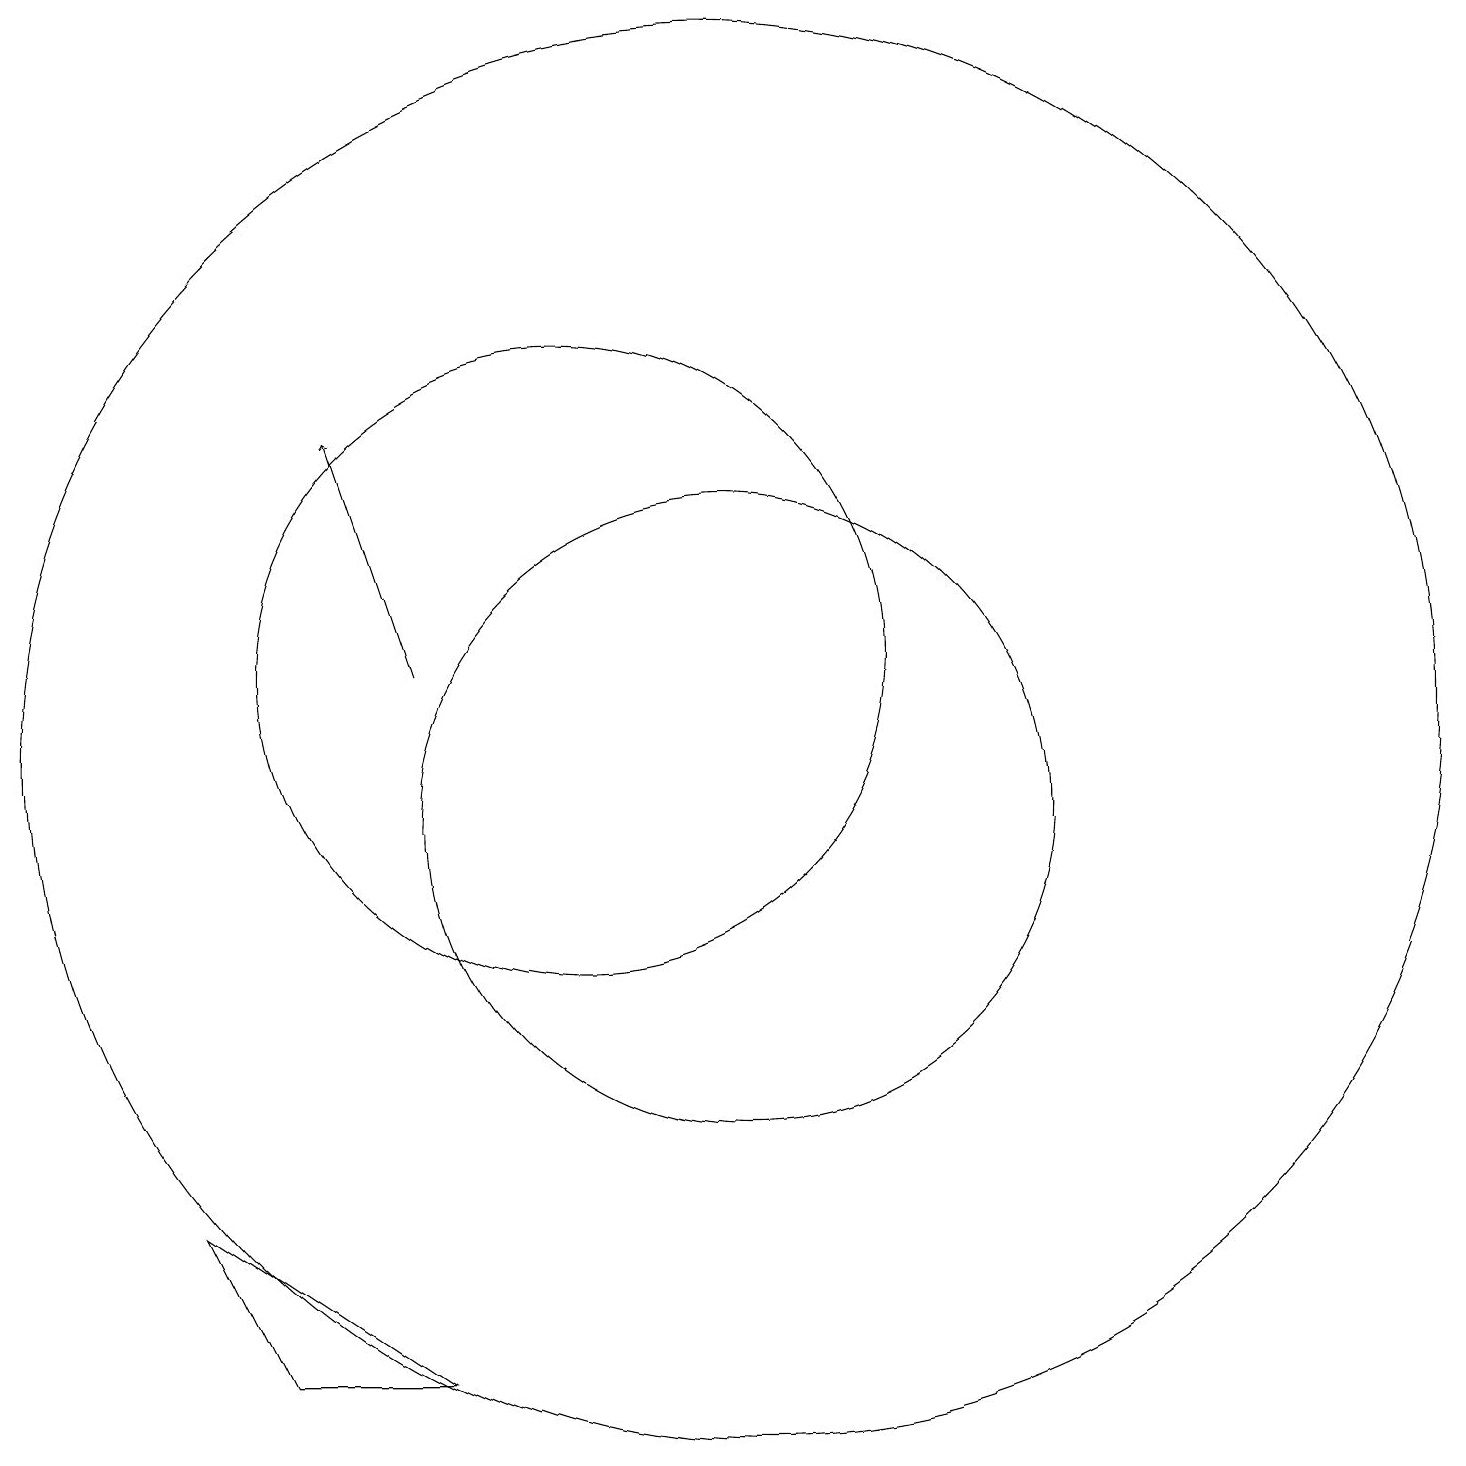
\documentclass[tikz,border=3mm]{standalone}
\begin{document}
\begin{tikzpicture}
\draw (10,12) circle (4);
\draw[->] (8,12) -- (7,15);
\draw (12,11) circle (9);
\draw (12,10) circle (4);
\draw (5,5) -- (6,3) -- (8,3) -- cycle;
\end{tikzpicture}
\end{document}